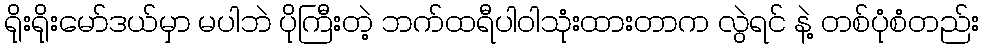
ရိုးရိုးမော်ဒယ်မှာ မပါဘဲ ပိုကြီးတဲ့ ဘက်ထရီပါဝါသုံးထားတာက လွဲရင် နဲ့ တစ်ပုံစံတည်း